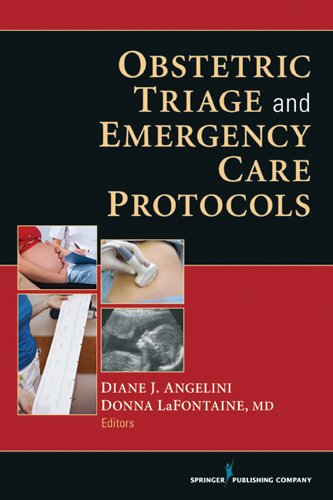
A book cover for Obstetric Triage and Emergency Care Protocols; Medical Books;